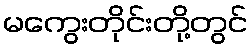
မကွေးတိုင်းတို့တွင်